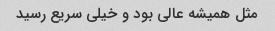
مثل همیشه عالی بود و خیلی سریع رسید